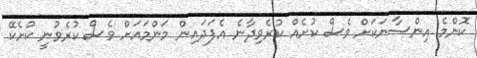
ކޮންމެ އިންސާނަކަށް ވެސް ކުށެއް ކުރެވިދާނެ އެފަދައިން މަންމައަށް ވެސް ކުރެވުނީ ކުށެކޭ